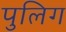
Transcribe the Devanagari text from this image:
पुलिग